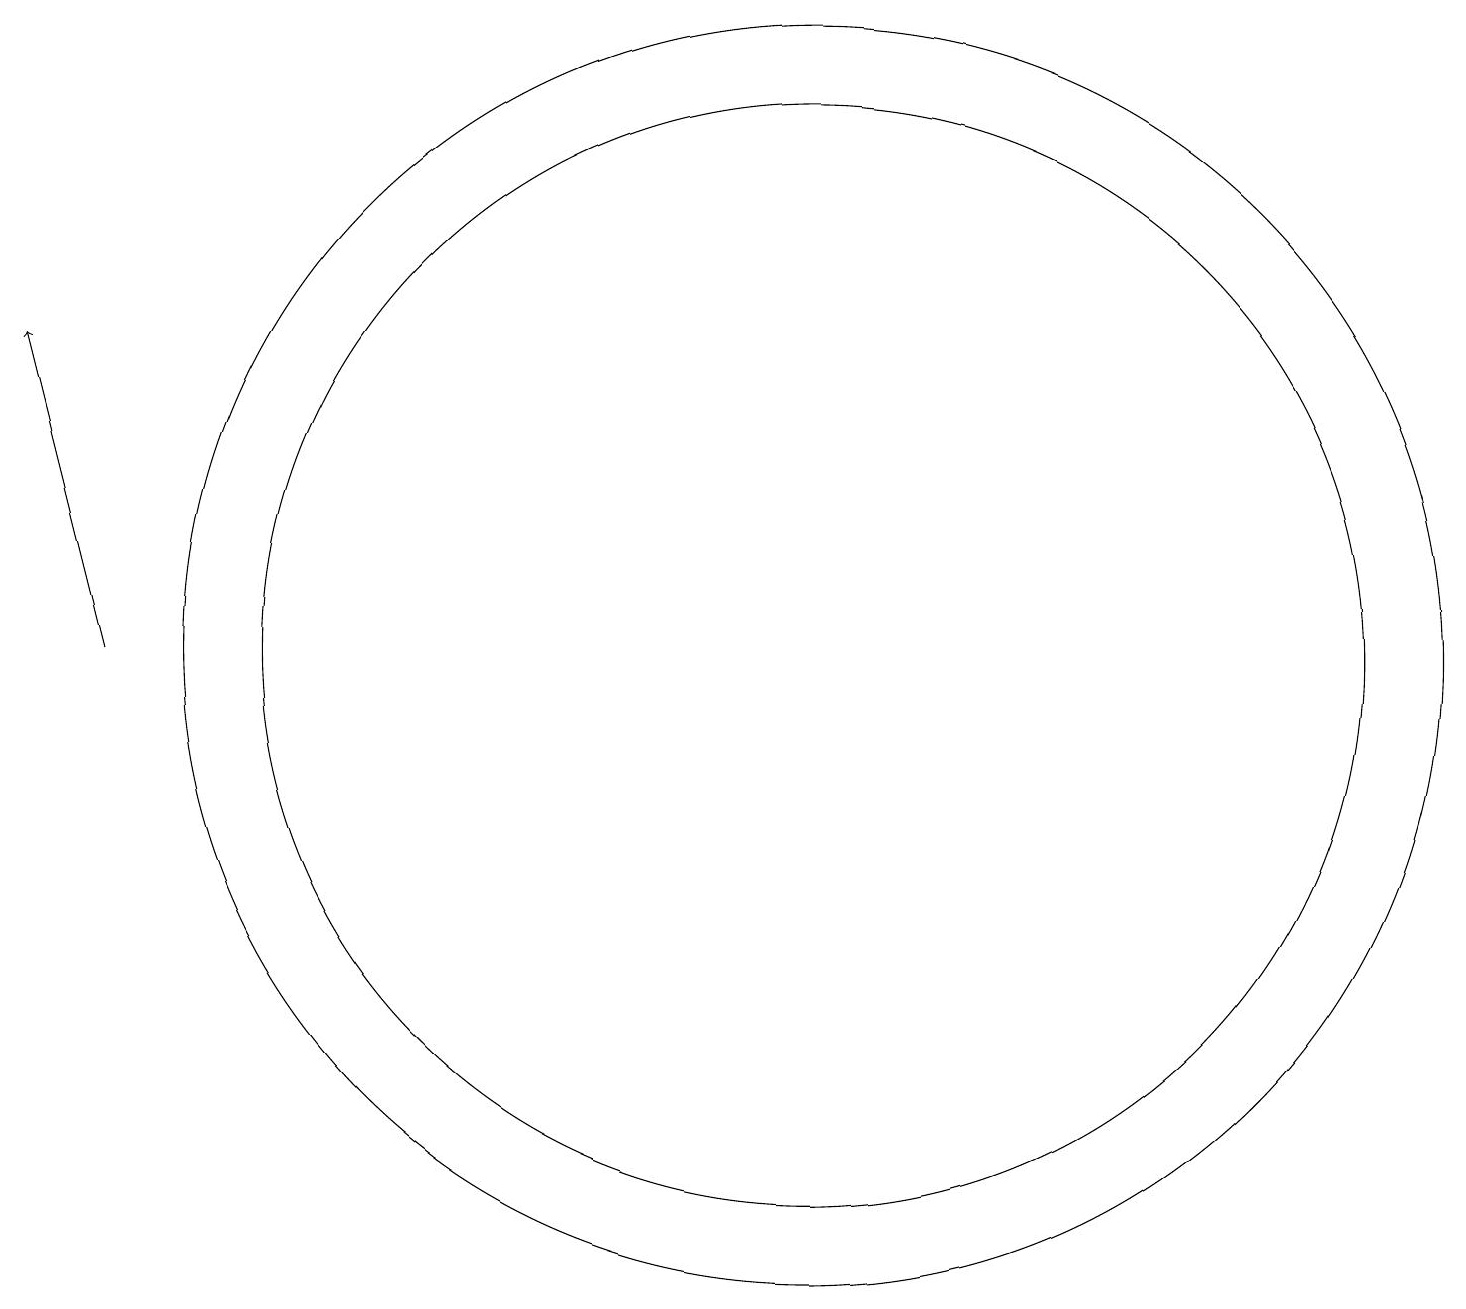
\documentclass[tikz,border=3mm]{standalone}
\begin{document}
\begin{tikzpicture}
\draw[->] (3,10) -- (2,14);
\draw (12,10) circle (7);
\draw (12,10) circle (8);
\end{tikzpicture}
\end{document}